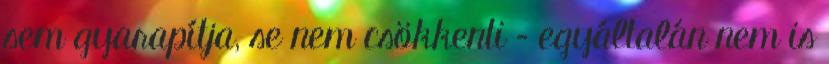
sem gyarapítja, se nem csökkenti – egyáltalán nem is